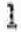
1